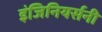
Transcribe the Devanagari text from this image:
इंजिनियर्सनी